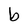
Character: b